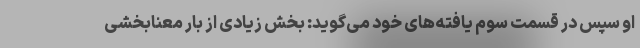
او سپس در قسمت سوم یافته‌های خود می‌گوید: بخش زیادی از بار معنابخشی